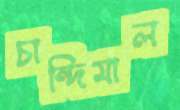
চান্দিমাল